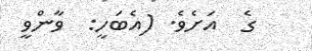
ގެ  އަށެވެ. (އެބަހީ:  ވާންވީ